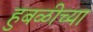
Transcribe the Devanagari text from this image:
हुबळीच्या